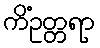
ကိံဥတ္တရာ